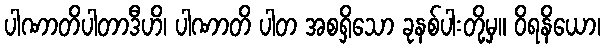
ပါဏာတိပါတာဒီဟိ၊ ပါဏာတိ ပါတ အစရှိသော ခုနစ်ပါးတို့မှ။ ဝိရနိယော၊